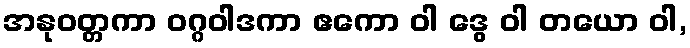
အနုဝတ္တကာ ဝဂ္ဂဝါဒကာ ဧကော ဝါ ဒွေ ဝါ တယော ဝါ,